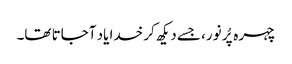
چہرہ پُر نور، جسے دیکھ کر خدا یاد آجاتا تھا۔